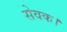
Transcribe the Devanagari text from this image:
सेवक।